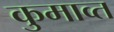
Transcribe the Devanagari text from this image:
कुमाव्त